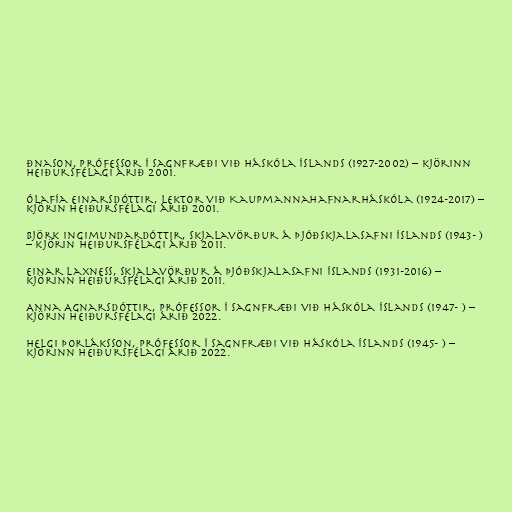
ðnason, prófessor í sagnfræði við Háskóla Íslands (1927-2002) – kjörinn
heiðursfélagi árið 2001.

Ólafía Einarsdóttir, lektor við Kaupmannahafnarháskóla (1924-2017) –
kjörin heiðursfélagi árið 2001.

Björk Ingimundardóttir, skjalavörður á Þjóðskjalasafni Íslands (1943- )
– kjörin heiðursfélagi árið 2011.

Einar Laxness, skjalavörður á Þjóðskjalasafni Íslands (1931-2016) –
kjörinn heiðursfélagi árið 2011.

Anna Agnarsdóttir, prófessor í sagnfræði við Háskóla Íslands (1947- ) –
kjörin heiðursfélagi árið 2022.

Helgi Þorláksson, prófessor í sagnfræði við Háskóla Íslands (1945- ) –
kjörinn heiðursfélagi árið 2022.